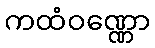
ကထံဝဏ္ဏော